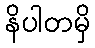
နိပါတမှိ